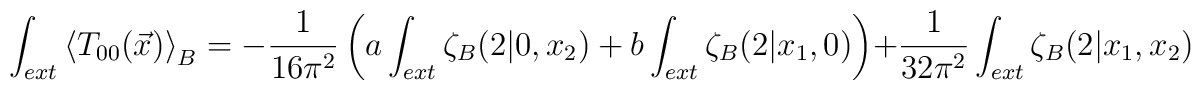
\int_{ext} \left<T_{00}(\vec{x})\right>_B = -\frac1{16\pi^2}\left(a\int_{ext}\zeta_B(2|0,x_2) +     b\int_{ext}\zeta_B(2|x_1,0)\right) +\frac1{32\pi^2}\int_{ext}\zeta_B(2|x_1,x_2)